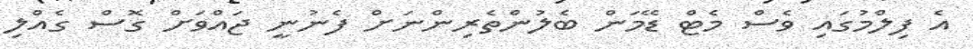
އެ ފިލްމުގައި ވެސް މެޓް ޑޭމަން ބެލުންތެރިންނަށް ފެނުނީ ޖައްވަށް ގޮސް ގެއްލި